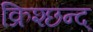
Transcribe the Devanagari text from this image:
क्रिश्छन्द्